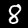
Digit: 8